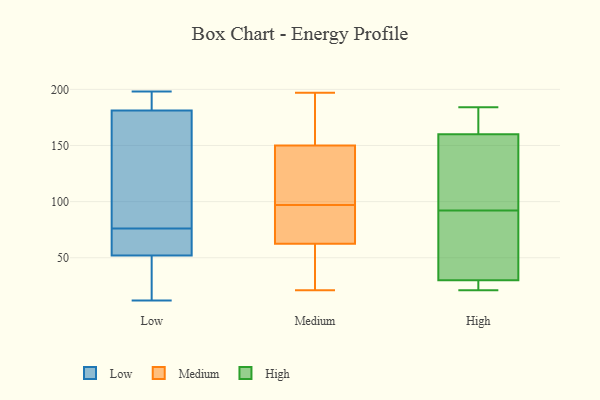
{"axis": {"x": "Production Output", "y": "Value"}, "legend": ["High", "Low", "Medium"], "data": [{"x": "", "y": 22, "type": "Low"}, {"x": "", "y": 21, "type": "Low"}, {"x": "", "y": 179, "type": "Low"}, {"x": "", "y": 122, "type": "Low"}, {"x": "", "y": 198, "type": "Low"}, {"x": "", "y": 196, "type": "Low"}, {"x": "", "y": 188, "type": "Low"}, {"x": "", "y": 76, "type": "Low"}, {"x": "", "y": 62, "type": "Low"}, {"x": "", "y": 63, "type": "Low"}, {"x": "", "y": 86, "type": "Low"}, {"x": "", "y": 12, "type": "Low"}, {"x": "", "y": 70, "type": "Low"}, {"x": "", "y": 97, "type": "Medium"}, {"x": "", "y": 34, "type": "Medium"}, {"x": "", "y": 132, "type": "Medium"}, {"x": "", "y": 23, "type": "Medium"}, {"x": "", "y": 144, "type": "Medium"}, {"x": "", "y": 197, "type": "Medium"}, {"x": "", "y": 190, "type": "Medium"}, {"x": "", "y": 70, "type": "Medium"}, {"x": "", "y": 62, "type": "Medium"}, {"x": "", "y": 137, "type": "Medium"}, {"x": "", "y": 81, "type": "Medium"}, {"x": "", "y": 152, "type": "Medium"}, {"x": "", "y": 64, "type": "Medium"}, {"x": "", "y": 21, "type": "Medium"}, {"x": "", "y": 172, "type": "Medium"}, {"x": "", "y": 30, "type": "High"}, {"x": "", "y": 111, "type": "High"}, {"x": "", "y": 165, "type": "High"}, {"x": "", "y": 25, "type": "High"}, {"x": "", "y": 160, "type": "High"}, {"x": "", "y": 73, "type": "High"}, {"x": "", "y": 184, "type": "High"}, {"x": "", "y": 21, "type": "High"}, {"x": "", "y": 144, "type": "High"}, {"x": "", "y": 50, "type": "High"}]}